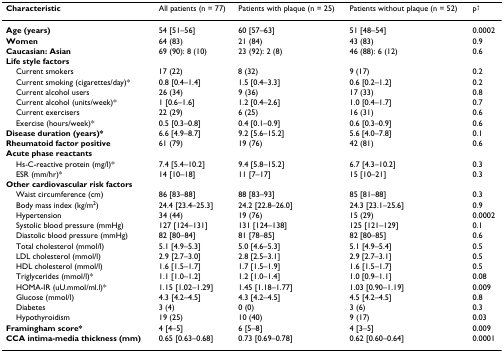
<table><thead><tr><td><b>Characteristic</b></td><td><b>All patients (n = 77)</b></td><td><b>Patients with plaque (n = 25)</b></td><td><b>Patients without plaque (n = 52)</b></td><td><b>p<sup>†</sup></b></td></tr></thead><tbody><tr><td><b>Age (years)</b></td><td>54 [51–56]</td><td>60 [57–63]</td><td>51 [48–54]</td><td>0.0002</td></tr><tr><td><b>Women</b></td><td>64 (83)</td><td>21 (84)</td><td>43 (83)</td><td>0.9</td></tr><tr><td><b>Caucasian: Asian</b></td><td>69 (90): 8 (10)</td><td>23 (92): 2 (8)</td><td>46 (88): 6 (12)</td><td>0.6</td></tr><tr><td><b>Life style factors</b></td><td></td><td></td><td></td><td></td></tr><tr><td> Current smokers</td><td>17 (22)</td><td>8 (32)</td><td>9 (17)</td><td>0.2</td></tr><tr><td> Current smoking (cigarettes/day)*</td><td>0.8 [0.4–1.4]</td><td>1.5 [0.4–3.3]</td><td>0.6 [0.2–1.2]</td><td>0.2</td></tr><tr><td> Current alcohol users</td><td>26 (34)</td><td>9 (36)</td><td>17 (33)</td><td>0.8</td></tr><tr><td> Current alcohol (units/week)*</td><td>1 [0.6–1.6]</td><td>1.2 [0.4–2.6]</td><td>1.0 [0.4–1.7]</td><td>0.7</td></tr><tr><td> Current exercisers</td><td>22 (29)</td><td>6 (25)</td><td>16 (31)</td><td>0.6</td></tr><tr><td> Exercise (hours/week)*</td><td>0.5 [0.3–0.8]</td><td>0.4 [0.1–0.9]</td><td>0.6 [0.3–0.9]</td><td>0.6</td></tr><tr><td><b>Disease duration (years)*</b></td><td>6.6 [4.9–8.7]</td><td>9.2 [5.6–15.2]</td><td>5.6 [4.0–7.8]</td><td>0.1</td></tr><tr><td><b>Rheumatoid factor positive</b></td><td>61 (79)</td><td>19 (76)</td><td>42 (81)</td><td>0.6</td></tr><tr><td><b>Acute phase reactants</b></td><td></td><td></td><td></td><td></td></tr><tr><td> Hs-C-reactive protein (mg/l)*</td><td>7.4 [5.4–10.2]</td><td>9.4 [5.8–15.2]</td><td>6.7 [4.3–10.2]</td><td>0.3</td></tr><tr><td> ESR (mm/hr)*</td><td>14 [10–18]</td><td>11 [7–17]</td><td>15 [10–21]</td><td>0.3</td></tr><tr><td><b>Other cardiovascular risk factors</b></td><td></td><td></td><td></td><td></td></tr><tr><td> Waist circumference (cm)</td><td>86 [83–88]</td><td>88 [83–93]</td><td>85 [81–88]</td><td>0.3</td></tr><tr><td> Body mass index (kg/m<sup>2</sup>)</td><td>24.4 [23.4–25.3]</td><td>24.2 [22.8–26.0]</td><td>24.3 [23.1–25.6]</td><td>0.9</td></tr><tr><td> Hypertension</td><td>34 (44)</td><td>19 (76)</td><td>15 (29)</td><td>0.0002</td></tr><tr><td> Systolic blood pressure (mmHg)</td><td>127 [124–131]</td><td>131 [124–138]</td><td>125 [121–129]</td><td>0.1</td></tr><tr><td> Diastolic blood pressure (mmHg)</td><td>82 [80–84]</td><td>81 [78–85]</td><td>82 [80–85]</td><td>0.6</td></tr><tr><td> Total cholesterol (mmol/l)</td><td>5.1 [4.9–5.3]</td><td>5.0 [4.6–5.3]</td><td>5.1 [4.9–5.4]</td><td>0.5</td></tr><tr><td> LDL cholesterol (mmol/l)</td><td>2.9 [2.7–3.0]</td><td>2.8 [2.5–3.1]</td><td>2.9 [2.7–3.1]</td><td>0.5</td></tr><tr><td> HDL cholesterol (mmol/l)</td><td>1.6 [1.5–1.7]</td><td>1.7 [1.5–1.9]</td><td>1.6 [1.5–1.7]</td><td>0.5</td></tr><tr><td> Triglycerides (mmol/l)*</td><td>1.1 [1.0–1.2]</td><td>1.2 [1.0–1.4]</td><td>1.0 [0.9–1.1]</td><td>0.08</td></tr><tr><td> HOMA-IR (uU.mmol/ml.l)*</td><td>1.15 [1.02–1.29]</td><td>1.45 [1.18–1.77]</td><td>1.03 [0.90–1.19]</td><td>0.009</td></tr><tr><td> Glucose (mmol/l)</td><td>4.3 [4.2–4.5]</td><td>4.3 [4.2–4.5]</td><td>4.5 [4.2–4.5]</td><td>0.8</td></tr><tr><td> Diabetes</td><td>3 (4)</td><td>0 (0)</td><td>3 (6)</td><td>0.3</td></tr><tr><td> Hypothyroidism</td><td>19 (25)</td><td>10 (40)</td><td>9 (17)</td><td>0.03</td></tr><tr><td><b>Framingham score*</b></td><td>4 [4–5]</td><td>6 [5–8]</td><td>4 [3–5]</td><td>0.009</td></tr><tr><td><b>CCA intima-media thickness (mm)</b></td><td>0.65 [0.63–0.68]</td><td>0.73 [0.69–0.78]</td><td>0.62 [0.60–0.64]</td><td>0.0001</td></tr></tbody></table>